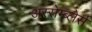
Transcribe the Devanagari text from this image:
अस्सेम्ब्लेर्स